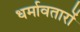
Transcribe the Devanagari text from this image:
धर्मावतारों